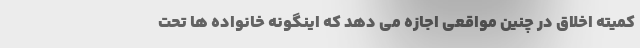
کمیته اخلاق در چنین مواقعی اجازه می دهد که اینگونه خانواده ها تحت